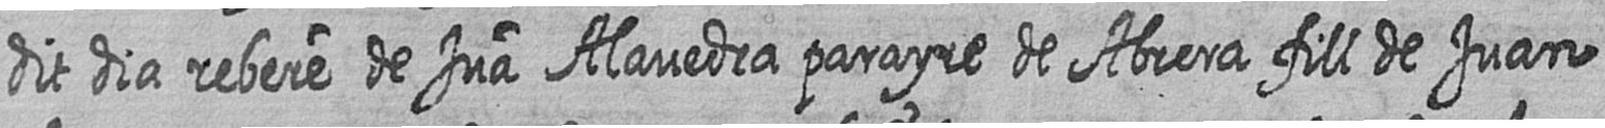
dit dia rebere de Jua Alavedra parayre de Abrera fill de Juan